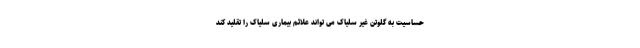
حساسیت به گلوتن غیر سلیاک می تواند علائم بیماری سلیاک را تقلید کند